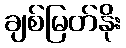
ချစ်မြတ်နိုး